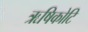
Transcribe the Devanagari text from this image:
ऋषिकोटि